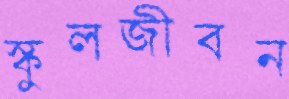
স্কুলজীবন